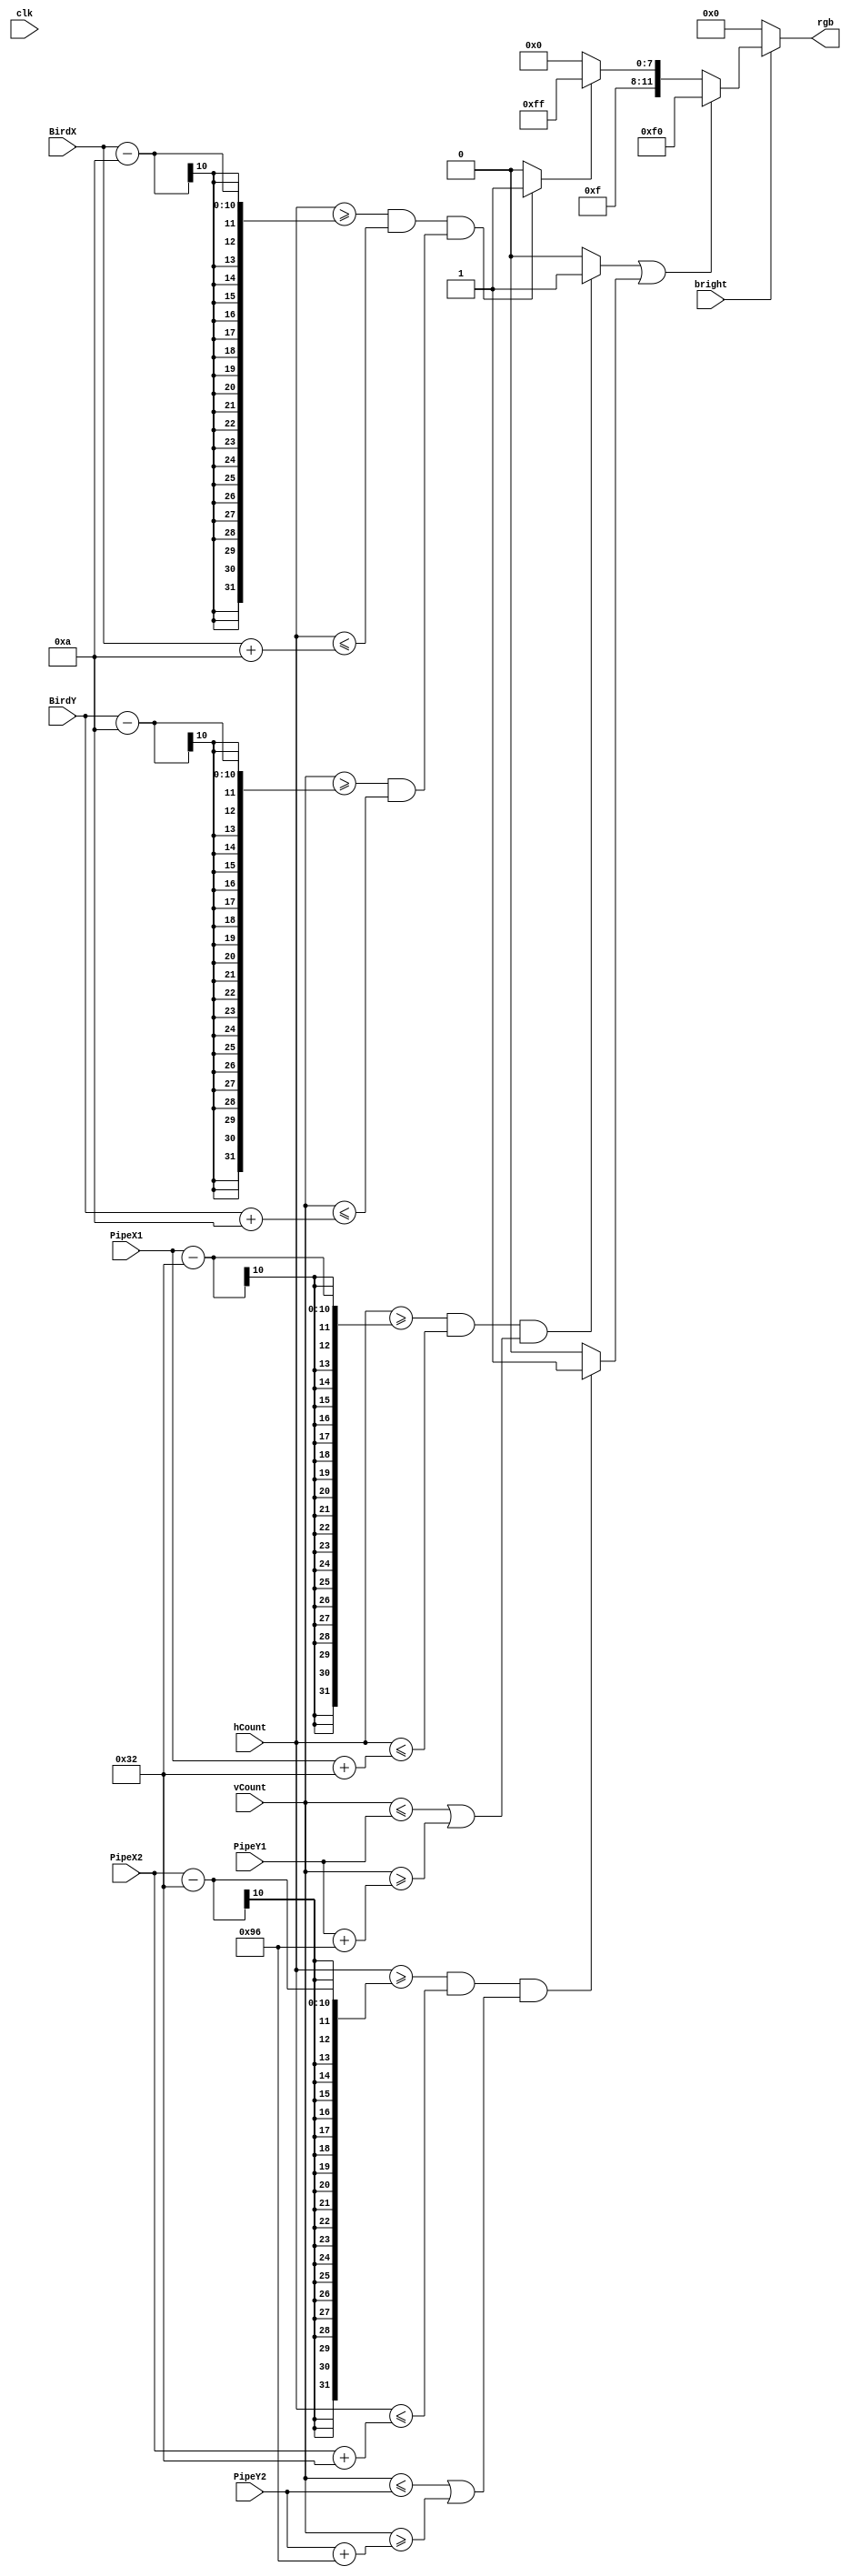
module vga_bitchange(
	input clk,
	input bright,
	input [9:0] hCount, vCount,
	input [9:0] BirdX, BirdY,
	input [9:0] PipeY1, PipeX1, PipeY2, PipeX2,
	output reg [11:0] rgb
   );
	
	parameter BLACK = 12'b0000_0000_0000;
	parameter WHITE = 12'b1111_1111_1111;
	parameter RED   = 12'b1111_0000_0000;
	parameter GREEN = 12'b0000_1111_0000;
	//parameter BLUE = 12'b0000_0000_1111;

	reg reset;
	
	
	
	always@ (*) // paint a white box on a red background
    	if (~bright)
		rgb = BLACK; // force black if not bright
	 else if ((pipeZone == 1)|| (pipeZone2 == 1))
		rgb = GREEN;
	 else if (birbs == 1)
		rgb = WHITE; // white box
	 else
		rgb = RED; // background color

	assign whiteZone = ((hCount >= 10'd144) && (hCount <= 10'd784)) && ((vCount >= 10'd400) && (vCount <= 10'd475)) ? 1 : 0;
	assign pipeZone = ((hCount >= (PipeX1 - 50)) && (hCount <= (PipeX1 + 50)) && ((vCount <= PipeY1) || (vCount >= (PipeY1 + 150)))) ? 1 : 0;
	assign pipeZone2 = ((hCount >= (PipeX2 - 50)) && (hCount <= (PipeX2 + 50)) && ((vCount <= PipeY2) || (vCount >= (PipeY2 + 150)))) ? 1 : 0;
	assign birbs = ((hCount >= BirdX - 10) && (hCount <= BirdX + 10 )) && ((vCount >= BirdY-10) && (vCount <= BirdY + 10)) ? 1 : 0;

	
endmodule